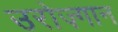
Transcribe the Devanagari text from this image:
उरोज़्गान